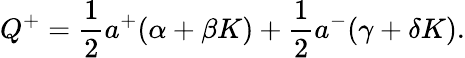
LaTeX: Q^{+}=\frac{1}{2}a^{+}(\alpha+\beta K)+\frac{1}{2}a^{-}(\gamma+\delta K).